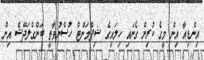
އިންޑިއާ އިން މީގެ ކުރިން ގެނައި ހިލައިގެ ޝިޕްމަންޓް ހުސްނުވާތީ ބަންގްލަދޭޝް އިން